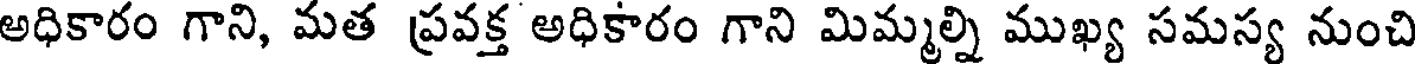
అధికారం గాని, మత ప్రవక్త అధికారం గాని మిమ్మల్ని ముఖ్య సమస్య నుంచి